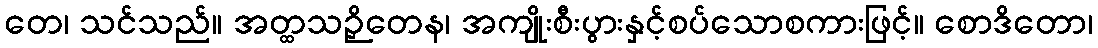
တေ၊ သင်သည်။ အတ္ထသဉှိတေန၊ အကျိုးစီးပွားနှင့်စပ်သောစကားဖြင့်။ စောဒိတော၊